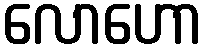
လောဟော